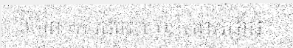
។ចំពោះការដាំដុះម្រេចកំពតដាំដុះ